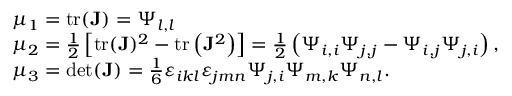
\begin{array} { r l } & { \mu _ { 1 } = \operatorname { t r } ( \mathbf { J } ) = \Psi _ { l , l } } \\ & { \mu _ { 2 } = \frac { 1 } { 2 } \left[ \operatorname { t r } ( \mathbf { J } ) ^ { 2 } - \operatorname { t r } \left( \mathbf { J } ^ { 2 } \right) \right] = \frac { 1 } { 2 } \left( \Psi _ { i , i } \Psi _ { j , j } - \Psi _ { i , j } \Psi _ { j , i } \right) , } \\ & { \mu _ { 3 } = \det ( \mathbf { J } ) = \frac { 1 } { 6 } \varepsilon _ { i k l } \varepsilon _ { j m n } \Psi _ { j , i } \Psi _ { m , k } \Psi _ { n , l } . } \end{array}